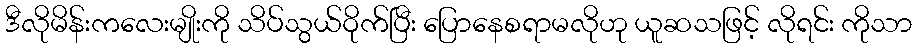
ဒီလိုမိန်းကလေးမျိုးကို သိပ်သွယ်ဝိုက်ပြီး ပြောနေစရာမလိုဟု ယူဆသဖြင့် လိုရင်း ကိုသာ